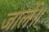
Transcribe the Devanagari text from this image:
जालें॥